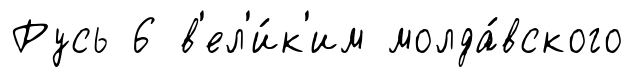
Русь 6 в'ел'и́к'им молда́вского